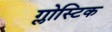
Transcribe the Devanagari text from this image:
ग्लोस्टिक